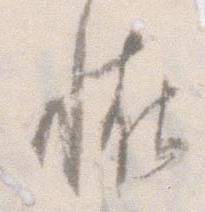
恠